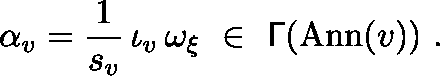
\alpha _ { v } = \frac { 1 } { s _ { v } } \, \iota _ { v } \, \omega _ { \xi } \ \in \ \mathsf { \Gamma } ( { \mathrm { A n n } } ( v ) ) \ .